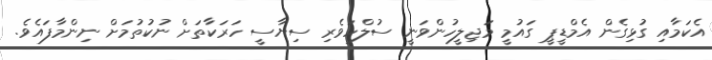
އެކަމާއި ގުޅިގެން އެމްޑީޕީ ގައުމީ މަޖިލީހުންވަނީ ސުލްހަވެރި ސިޔާސީ ހަރަކާތަށް ނުކުތުމަށް ނިންމާފައެވެ.